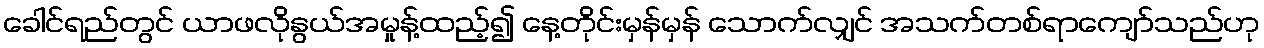
ခေါင်ရည်တွင် ယာဖလိုနွယ်အမှုန့်ထည့်၍ နေ့တိုင်းမှန်မှန် သောက်လျှင် အသက်တစ်ရာကျော်သည်ဟု